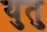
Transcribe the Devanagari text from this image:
युतु